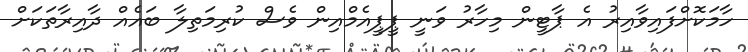
ހާމަކޮށްފައިވާއިރު އެ ޕާޓީން މިހާރު ވަނީ ޕީޕީއެމްއިން ވެސް ކުރިމަތިލާ ބައެއް ދާއިރާތަކަށް